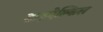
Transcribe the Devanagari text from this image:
डाइऐल्किल